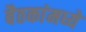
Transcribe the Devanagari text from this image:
बैठकांमध्ये